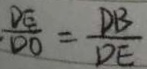
\frac { D E } { D O } = \frac { D B } { D E }